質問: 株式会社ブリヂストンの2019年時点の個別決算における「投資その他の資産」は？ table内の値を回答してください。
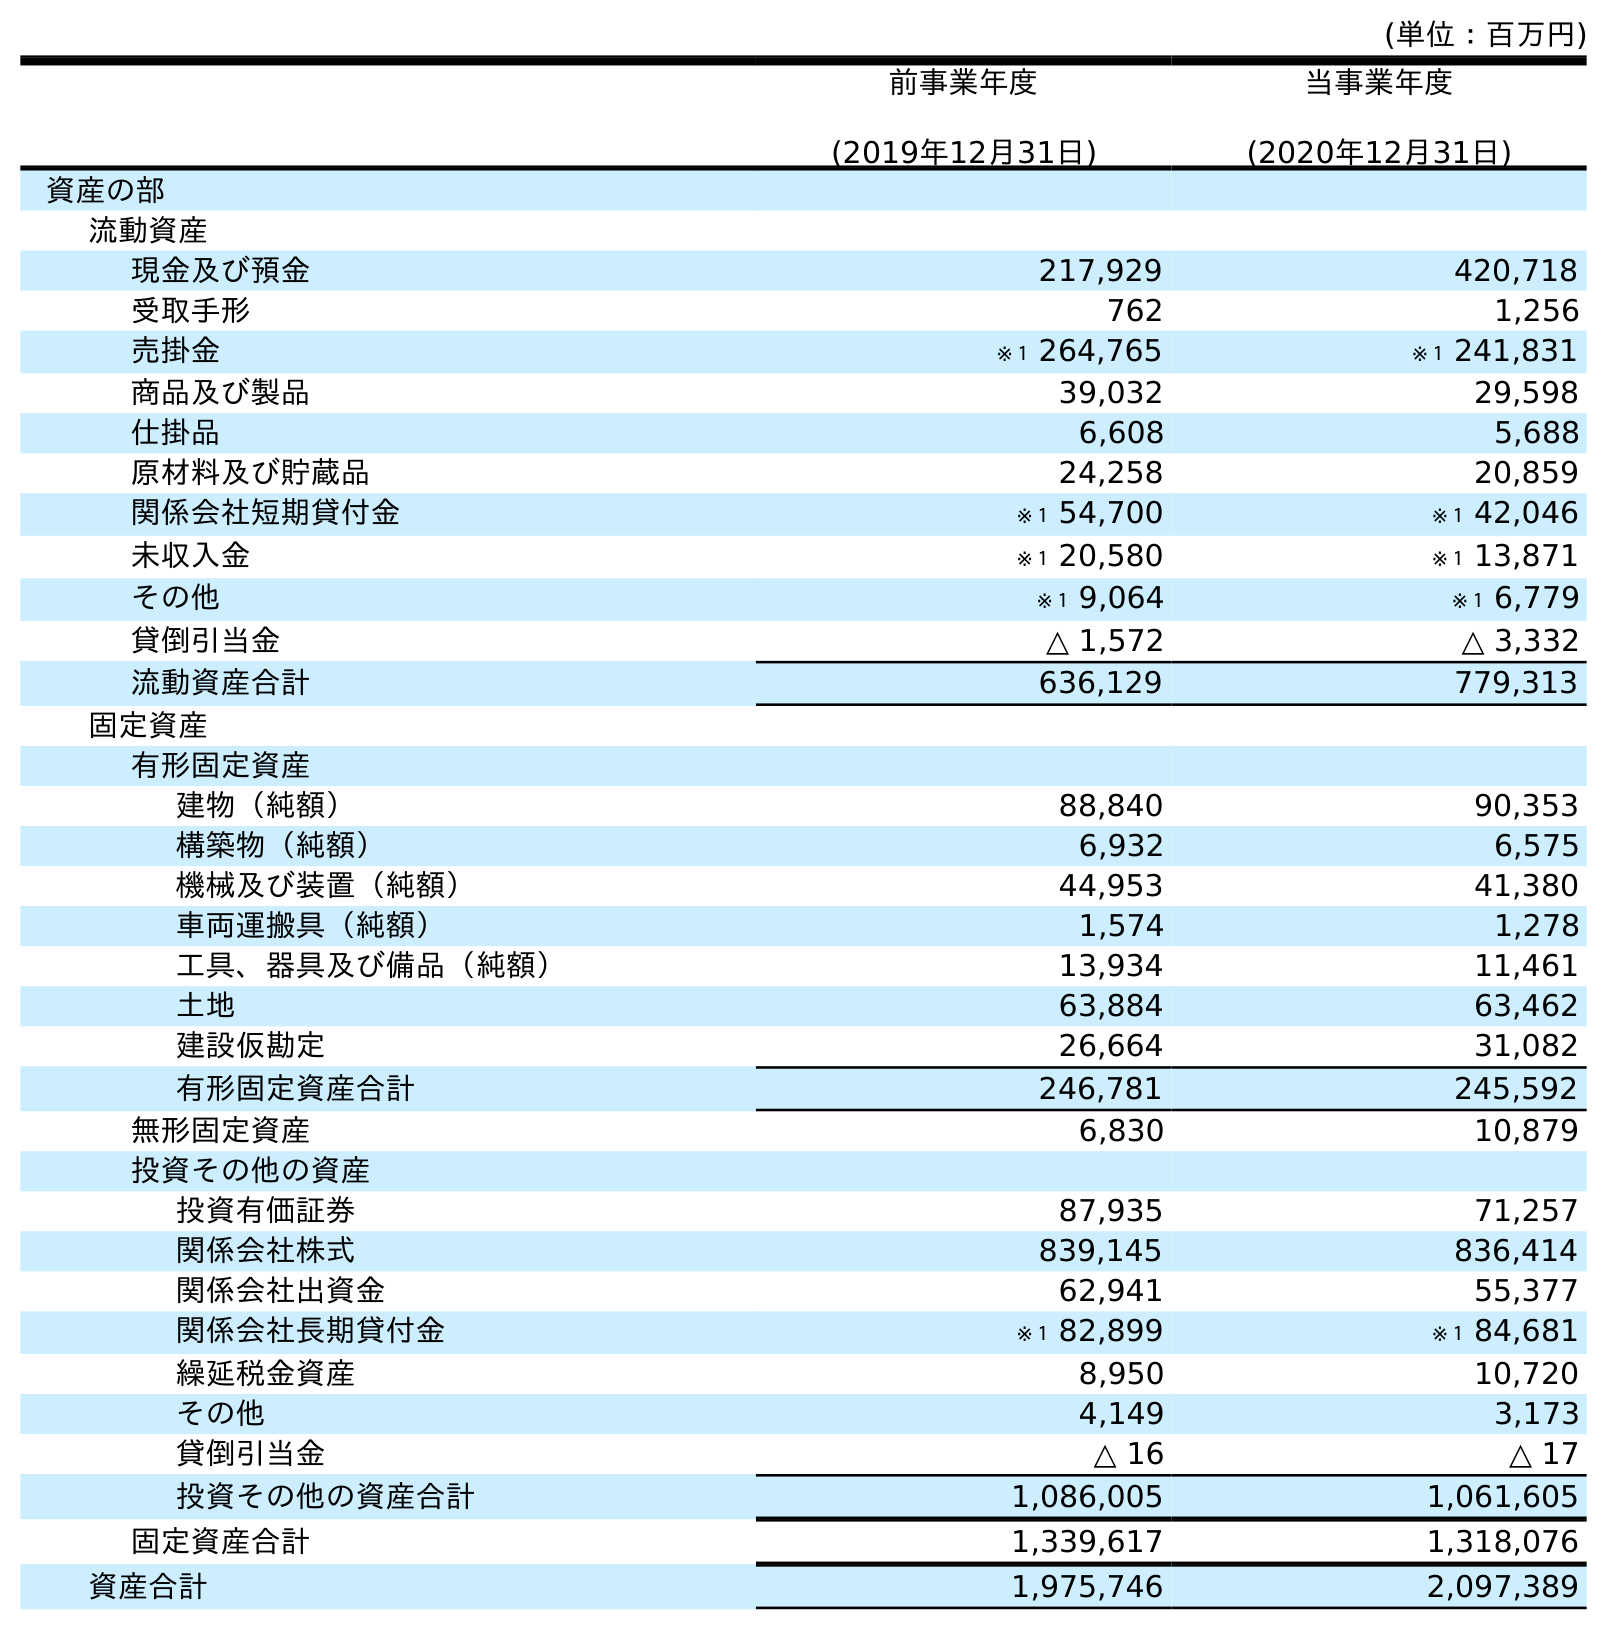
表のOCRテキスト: (単位：百万円) 前事業年度 (2019年12月31日) 当事業年度 (2020年12月31日) 資産の部 流動資産 現金及び預金 217,929 420,718 受取手形 762 1,256 売掛金 ※１ 264,765 ※１ 241,831 商品及び製品 39,032 29,598 仕掛品 6,608 5,688 原材料及び貯蔵品 24,258 20,859 関係会社短期貸付金 ※１ 54,700 ※１ 42,046 未収入金 ※１ 20,580 ※１ 13,871 その他 ※１ 9,064 ※１ 6,779 貸倒引当金 △ 1,572 △ 3,332 流動資産合計 636,129 779,313 固定資産 有形固定資産 建物（純額） 88,840 90,353 構築物（純額） 6,932 6,575 機械及び装置（純額） 44,953 41,380 車両運搬具（純額） 1,574 1,278 工具、器具及び備品（純額） 13,934 11,461 土地 63,884 63,462 建設仮勘定 26,664 31,082 有形固定資産合計 246,781 245,592 無形固定資産 6,830 10,879 投資その他の資産 投資有価証券 87,935 71,257 関係会社株式 839,145 836,414 関係会社出資金 62,941 55,377 関係会社長期貸付金 ※１ 82,899 ※１ 84,681 繰延税金資産 8,950 10,720 その他 4,149 3,173 貸倒引当金 △ 16 △ 17 投資その他の資産合計 1,086,005 1,061,605 固定資産合計 1,339,617 1,318,076 資産合計 1,975,746 2,097,389
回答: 1,086,005